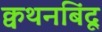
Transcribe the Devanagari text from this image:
क्वथनबिंदू